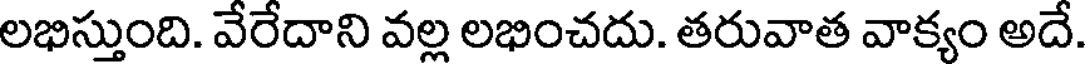
లభిస్తుంది. వేరేదాని వల్ల లభించదు. తరువాత వాక్యం అదే.